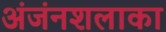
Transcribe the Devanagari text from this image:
अंजंनशलाका